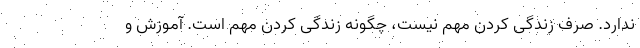
ندارد. صرف زندگی کردن مهم نیست، چگونه زندگی کردن مهم است. آموزش و